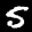
Label: 5